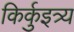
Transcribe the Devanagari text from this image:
किर्कुइत्र्य